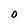
Character: O